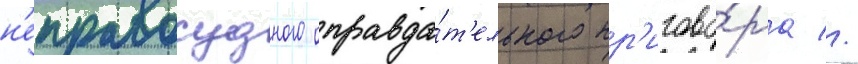
н'еправосудного оправда́т'ельного пр'игово́ра //